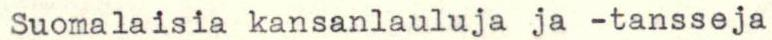
 Suomalaisia kansanlauluja ja -tansseja